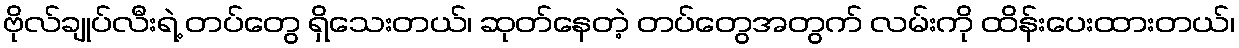
ဗိုလ်ချုပ်လီးရဲ့ တပ်တွေ ရှိသေးတယ်၊ ဆုတ်နေတဲ့ တပ်တွေအတွက် လမ်းကို ထိန်းပေးထားတယ်၊